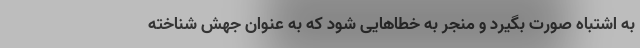
به اشتباه صورت بگیرد و منجر به خطاهایی شود که به عنوان جهش شناخته